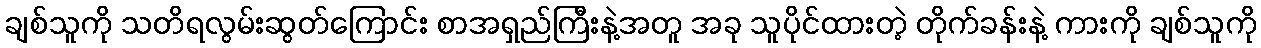
ချစ်သူကို သတိရလွမ်းဆွတ်ကြောင်း စာအရှည်ကြီးနဲ့အတူ အခု သူပိုင်ထားတဲ့ တိုက်ခန်းနဲ့ ကားကို ချစ်သူကို